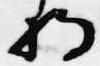
将